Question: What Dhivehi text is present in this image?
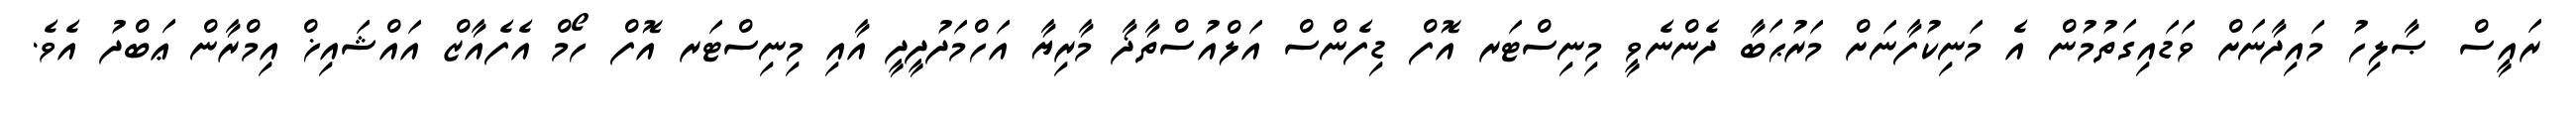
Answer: ރައީސް ޞާލިހު މައިދާނަށް ވަޑައިގަތުމުން އެ މަނިކުފާނަށް މަރުޙަބާ ދެންނެވީ މިނިސްޓަރ އޮފް ޑިފެންސް އަލްއުސްތާޛާ މާރިޔާ އަހްމަދުދީދީ އާއި މިނިސްޓަރ އޮފް ހޯމް އެފެއާޒް އައްޝައިޚް އިމްރާން ޢަބްދު އެވެ.